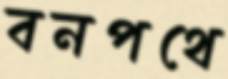
বনপথে